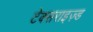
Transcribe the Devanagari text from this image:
टेक्सराइज़्ड